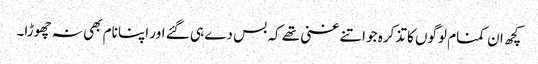
کچھ ان کمنام لوگوں کا تذکرہ جو اتنے غنی تھے کہ بس دے ہی گئے اور اپنا نام بھی نہ چھوڑا۔